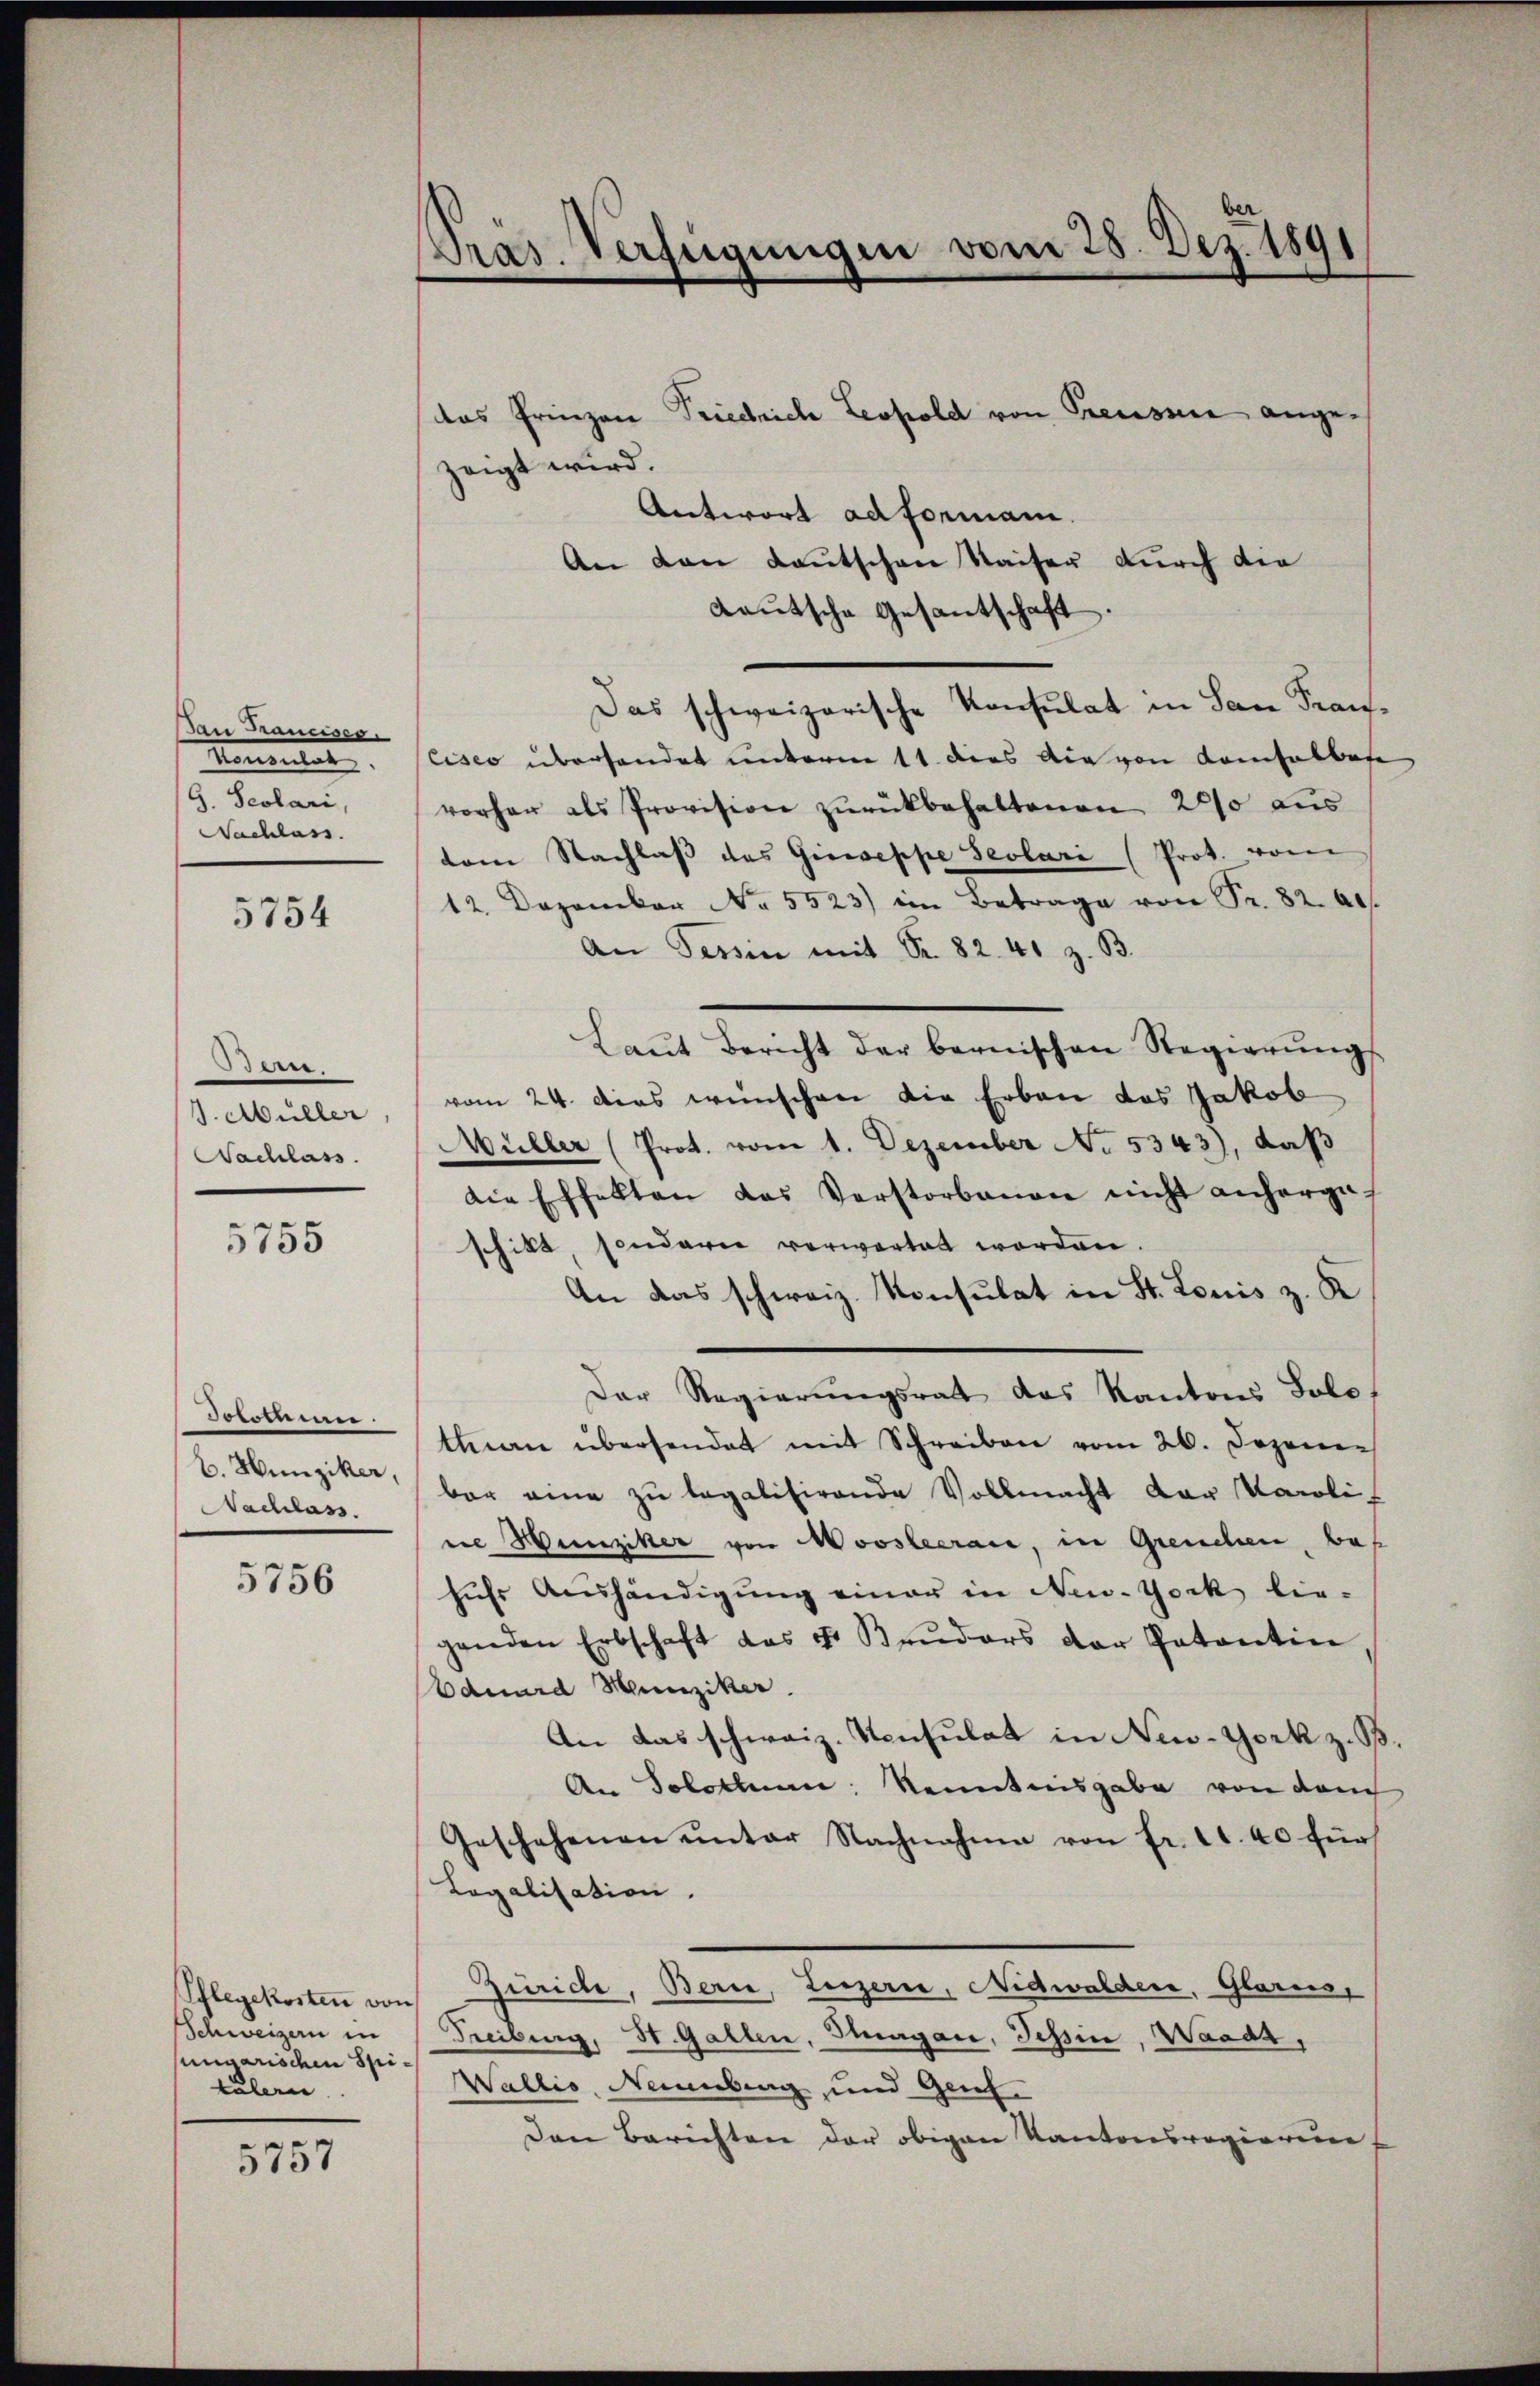
Bau Francisce
Monsulat
G. Scolari,
Nachlass.

5754

deen
J. Müller,
Nachlass

5755

Dommen.
B. Hunziker,
Nachlass.

5756

Pflegekosten von
Schweizern in
ungarischen Spitälern

5757

präs. Verfügungen vom 28. Dez. 1891

das Prinzen Friedrich Leopold von Preussi angezeigt wird.
Antwort ad formani.
An den Lautschen Waiser durch die
Lautsche Gesantschaft.
Das schweizerische Konsulat in San Francisco überhandet unterm 11. dies die von Kamisalbese
vorher als Provision zurückbehaltenen 200 aus
tem Nachlass das Gierseppe Sevlari (Prot. vom
12. Dezember No. 5523) im Betrage von Fr. 82. 20.
An Tessin mit Sr. 82. 41 z. B.
Laŭt Bericht der bernischen Regierŭngs
vom 24. dies wünschen die Erbau das Jakob
Müller (Prot. vom 1. Dezember No. 5343), daß
die Effekten das Verstorbenen nicht anherge-
schikt, sonderie verwartet worden.
An das schweiz. Konsulat in St. Louis z. K
Der Regierungsrath das Kantons Solo
than übersendet mit Schreiben vom 26. Jezonen
bar eine zu legalisirende Vollmacht der Karoli-
ne Hunziker von Moosleerace, in Greuchen, bes
hŭhr Aushändigŭng einer in New-York lie-
genden Erbschaft das Fr. Brŭders der Patentin
Eduard Hunziker.
An das schweiz. Konsulat in New-York z. B.
An Solothurn, Kenntnisgabe von dem
Geschehenen ŭnter Nachnahme von fr. 11. 40 für
Logalisation.
Zürich, Bern, Luzern, Nidwalden, Glarus,
Freiburg, St. Gallen, Thurgau, Tessin, Waadt,
Wallis, Neuenburg und Genf.
Den Berichten der obigen Kantonsregierun